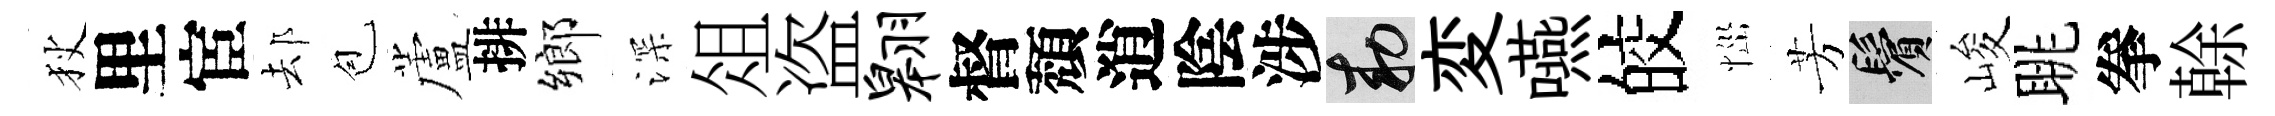
狄里宦𨚫苞蘆排鄉深俎盗翱督頽逍陰涉敕変嚥皎𢙉芳鬢峻眺拳𠏉